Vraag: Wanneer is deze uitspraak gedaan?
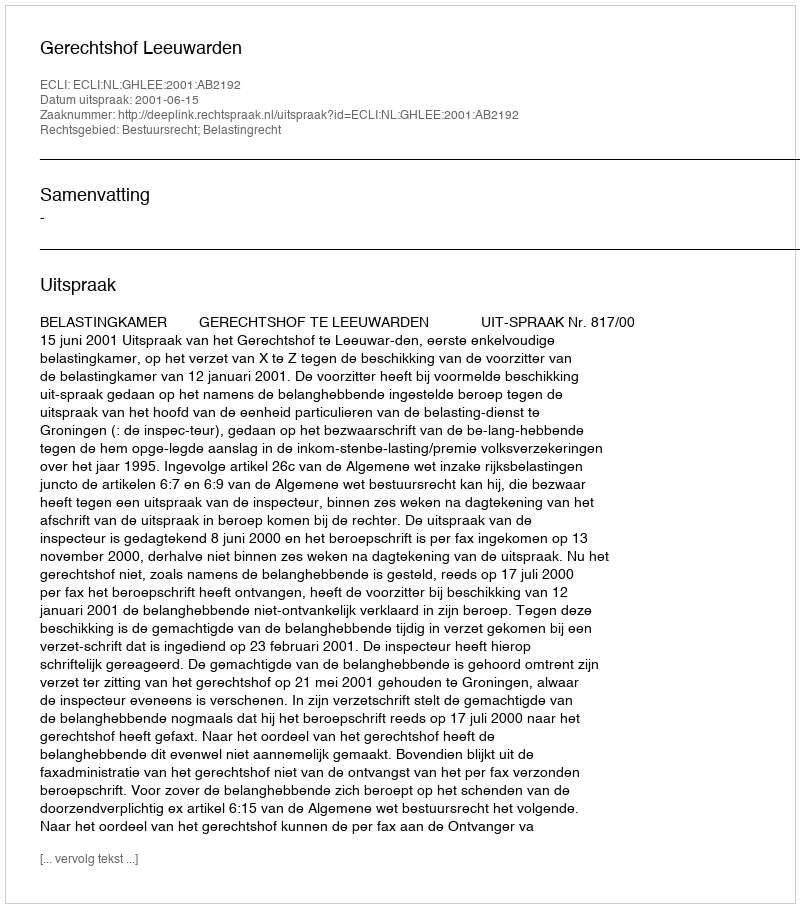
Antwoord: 2001-06-15